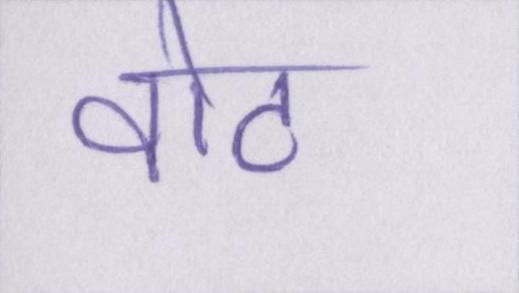
वोट